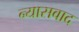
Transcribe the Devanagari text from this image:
न्यासवाद